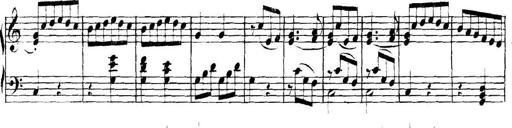
Title: Collected Piano Sonatas
Composer: Muzio Clementi